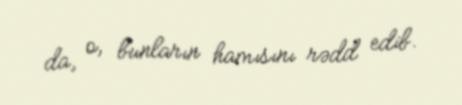
da, o, bunların hamısını rədd edib.